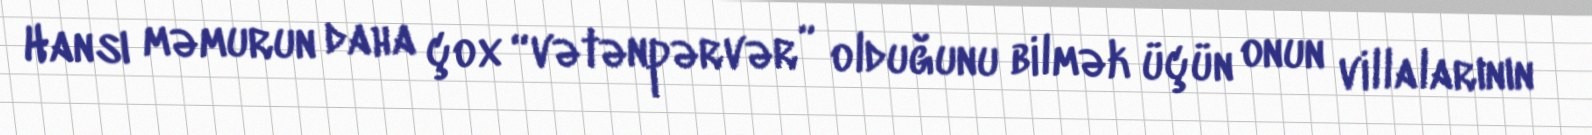
Hansı məmurun daha çox “vətənpərvər” olduğunu bilmək üçün onun villalarının